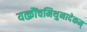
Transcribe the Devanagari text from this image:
यत्क्रौंचमिथुनादेकम्